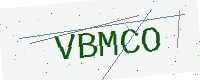
Text: VBMCO